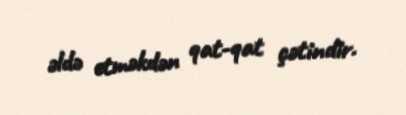
əldə etməkdən qat-qat çətindir.